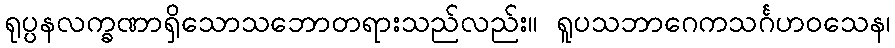
ရုပ္ပနလက္ခဏာရှိသောသဘောတရားသည်လည်း။ ရူပသဘာဂေကသင်္ဂဟဝသေန၊